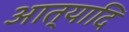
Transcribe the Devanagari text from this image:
आत्यादि